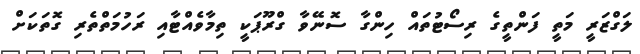
ލަގްޒަރީ މަތީ ފަންތީގެ ރިސޯޓުތައް ހިންގާ ސޮނޭވާ ގްރޫޕަކީ ތިމާވެއްޓާއި ރަހުމަތްތެރި ގޮތަކަށް